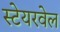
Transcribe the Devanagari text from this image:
स्टेयरवेल